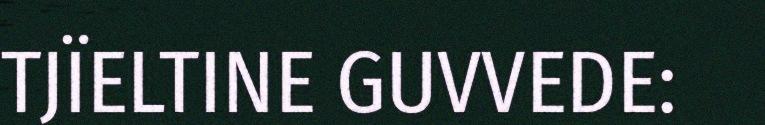
TJÏELTINE GUVVEDE: